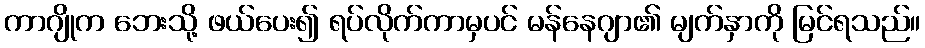
ကာဂျိုက ဘေးသို့ ဖယ်ပေး၍ ရပ်လိုက်ကာမှပင် မန်နေဂျာ၏ မျက်နှာကို မြင်ရသည်။